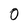
Character: 0